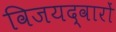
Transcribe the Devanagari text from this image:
विजयद्वारों